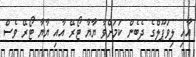
އާއި ލިވަޕޫލްގެ ދެބެން ކަމަށްވާ ޔާޔާ ޓޯރޭ އާއި ޔާޔާ ޓޯރޭ ވެސް